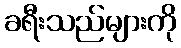
ခရီးသည်များကို